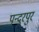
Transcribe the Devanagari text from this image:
पन्दरपुर